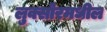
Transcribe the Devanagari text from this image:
लुक्सोरमधील